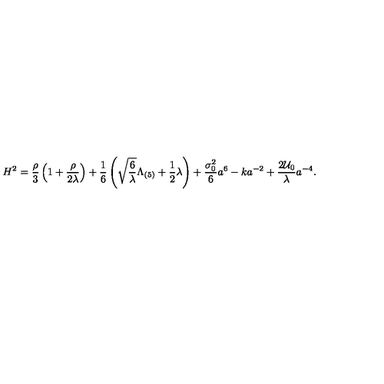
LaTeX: H ^ { 2 } = \frac { \rho } { 3 } \left( 1 + \frac { \rho } { 2 \lambda } \right) + \frac { 1 } { 6 } \left( \sqrt { \frac { 6 } { \lambda } } \Lambda _ { ( 5 ) } + \frac { 1 } { 2 } \lambda \right) + \frac { \sigma _ { 0 } ^ { 2 } } { 6 } a ^ { \- 6 } - k a ^ { - 2 } + \frac { 2 { \cal U } _ { 0 } } { \lambda } a ^ { - 4 } .